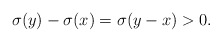
\begin{align*}\sigma(y) - \sigma(x) = \sigma(y-x) > 0.\end{align*}